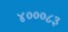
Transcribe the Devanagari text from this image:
४०००८३